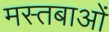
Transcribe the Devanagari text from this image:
मस्तबाओं